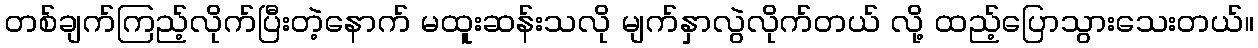
တစ်ချက်ကြည့်လိုက်ပြီးတဲ့နောက် မထူးဆန်းသလို မျက်နှာလွဲလိုက်တယ် လို့ ထည့်ပြောသွားသေးတယ်။